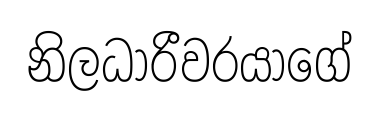
නිලධාරීවරයාගේ